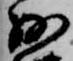
少